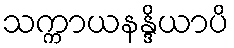
သက္ကာယနန္ဒိယာပိ